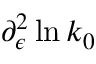
\partial _ { \epsilon } ^ { 2 } \ln k _ { 0 }